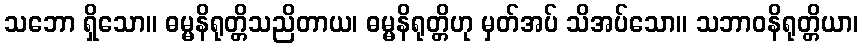
သဘော ရှိသော။ ဓမ္မနိရုတ္တိသညိတာယ၊ ဓမ္မနိရုတ္တိဟု မှတ်အပ် သိအပ်သော။ သဘာဝနိရုတ္တိယာ၊